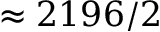
\approx 2 1 9 6 / 2